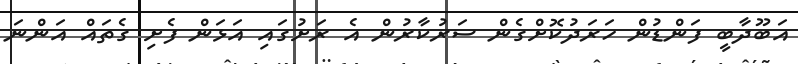
އަބޫދާބީ ފަންޑުން ހަރަދުކޮށްގެން ސަރުކާރުން އެ ރަށުގައި އަޅަން ފެށި ގެތައް އަންނަ